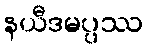
နယီဒမပ္ပဿ